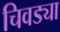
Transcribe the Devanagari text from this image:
चिवड्या